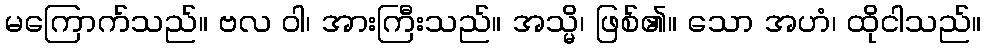
မကြောက်သည်။ ဗလ ဝါ၊ အားကြီးသည်။ အသ္မိ၊ ဖြစ်၏။ သော အဟံ၊ ထိုငါသည်။